Lunatic asylums Central Provinces reports 1874-1885 - 1874-1885
Year: 1874
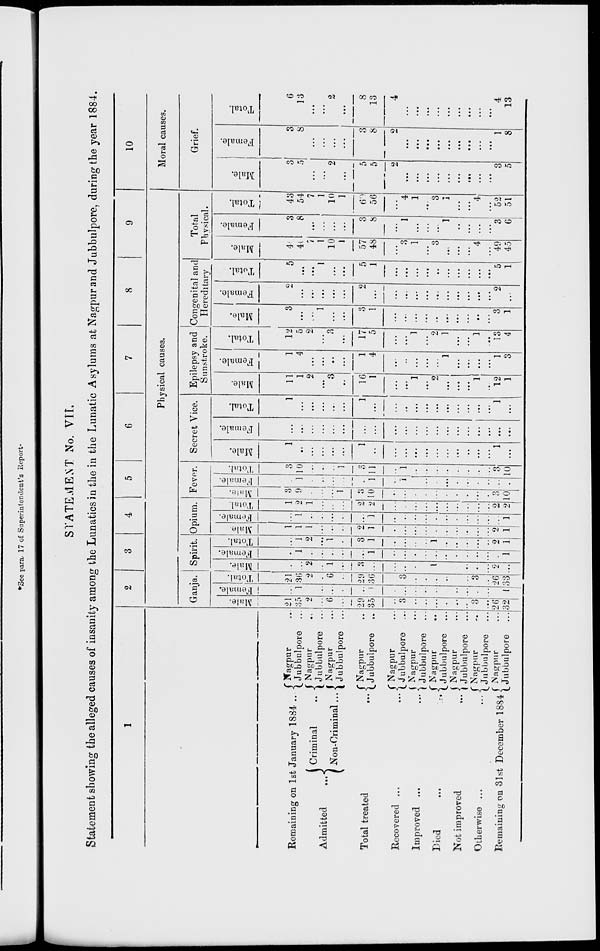
STATEMENT No. VII.
Statement showing the alleged causes of insanity among the Lunatics in the in the Lunatic Asylums at Nagpur and Jubbulpore, during the year 1884.
1
Remaining on 1st January 1884 ...
Admitted
...
Criminal
...
Non-Criminal ...
Total treated
...
Recovered ...
Improved ...
Died
...
Not improved ...
Otherwise ...
Remaining on 31st December 1884
Nagpur ...
Jubbulpore ...
Nagpur ...
Jubbulpore ...
Nagpur ...
Jubbulpore ...
Nagpur ...
Jubbulpore ...
Nagpur ...
Jubbulpore ...
Nagpur ...
Jubbulpore ...
Nagpur ...
Jubbulpore ...
Nagpur ...
Jubbulpore ...
Nagpur ...
Jubbulpore ...
Nagpur ...
Jubbulpore ...
2
3
4
5
6
7
8
9
Physical causes.
Ganja.
Male.
21
35
2
...
6
...
29
35
...
3
...
...
...
...
...
...
3
...
26
32
Female.
...
1
...
...
...
...
...
1
...
...
...
...
...
...
...
...
...
...
...
1
Total.
21
36
2
...
6
...
29
36
...
3
...
...
...
...
...
...
3
...
26
33
Spirit.
Male.
...
...
2
...
1
...
3
...
...
...
...
...
1
...
...
...
...
...
2
...
Female.
...
1
...
...
...
...
...
1
...
...
...
...
...
...
...
...
...
...
...
1
Total.
...
1
2
...
1
...
3
1
...
...
...
...
1
...
...
...
...
...
2
1
Opium.
Male.
1
1
1
...
...
...
2
1
...
...
...
...
...
...
...
...
...
...
2
1
Female.
...
1
...
...
...
...
...
1
...
...
..
...
...
...
...
...
...
...
...
1
Total.
1
2
1
...
...
...
2
2
...
...
...
...
...
...
...
...
...
...
2
2
Fever.
Male.
3
9
...
...
...
1
3
10
...
...
...
...
...
...
...
...
...
...
3
10
Female.
...
1
...
...
...
...
...
1
...
1
...
...
...
...
...
...
...
...
...
...
Total.
3
10
...
...
...
1
3
11
...
1
...
...
...
...
...
...
...
...
3
10
Secret Vice.
Male.
1
...
...
...
...
...
1
...
...
...
...
...
...
...
...
...
...
...
1
...
Female.
...
...
...
...
...
...
...
...
...
...
...
...
...
...
...
...
...
...
...
...
Total.
1
...
...
...
...
...
1
...
...
...
...
...
...
...
...
...
...
...
1
...
Epilepsy and
Sunstroke.
Male.
11
1
2
...
3
...
16
1
...
...
1
...
2
...
...
...
1
...
12
1
Female.
1
4
...
...
...
...
1
4
...
...
...
...
...
1
...
...
...
...
1
3
Total.
12
5
2
...
3
...
17
5
...
...
1
...
2
1
...
...
1
...
13
4
Congenital and
Hereditary
Male.
3
...
...
1
...
...
3
1
...
...
...
...
...
...
...
...
...
...
3
1
Female.
2
...
...
...
...
...
2
...
...
...
...
...
...
...
...
...
...
...
2
...
Total.
5
...
...
1
...
...
5
1
...
....
...
...
...
...
...
...
...
..
5
1
Total
Physical.
Male.
40
46
7
1
10
1
57
48
...
3
1
...
3
...
...
...
4
...
49
45
Female.
3
8
...
...
...
...
3
8
...
1
...
...
...
1
...
...
...
...
3
6
Total.
43
54
7
1
10
1
60
56
...
4
1
...
3
1
...
...
4
...
52
51
10
Moral causes.
Grief.
Male.
3
5
...
...
2
...
5
5
2
...
...
...
...
...
...
...
...
...
3
5
Female.
3
8
...
...
...
...
3
8
9
...
...
...
...
...
...
...
...
...
1
8
Total.
6
13
...
...
2
...
8
13
4
...
...
...
...
...
...
...
...
...
4
13